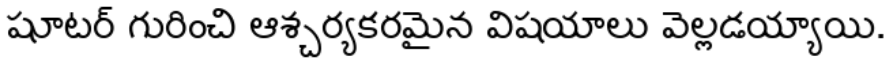
షూటర్ గురించి ఆశ్చర్యకరమైన విషయాలు వెల్లడయ్యాయి.